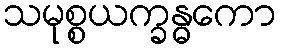
သမုစ္စယက္ခန္ဓကော